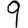
Digit: 9